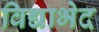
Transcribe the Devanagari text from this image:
विद्याभेद